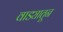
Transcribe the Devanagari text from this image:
वाड्यातून